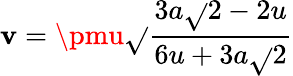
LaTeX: \mathbf{v}=\pmu{\sqrt{}{{\frac{{3a{\sqrt{}{{2}}}-2u}}{{6u+3a{\sqrt{}{{2}}}}}}}}